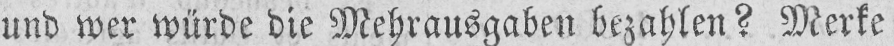
und wer würde die Mehrausgaben bezahlen? Merke